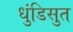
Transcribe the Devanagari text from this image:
धुंडिसुत